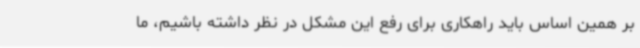
بر همین اساس باید راهکاری برای رفع این مشکل در نظر داشته باشیم، ما